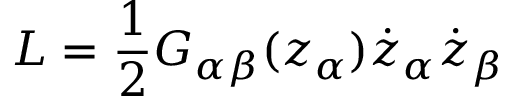
L = \frac { 1 } { 2 } G _ { \alpha \beta } ( z _ { \alpha } ) \dot { z } _ { \alpha } \dot { z } _ { \beta }